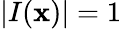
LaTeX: |I(\mathbf{x})|=1